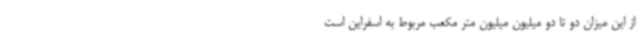
از این میزان دو تا دو میلیون میلیون متر مکعب مربوط به اسفراین است